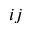
i j